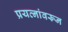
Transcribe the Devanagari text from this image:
प्रयत्‍नांवरून